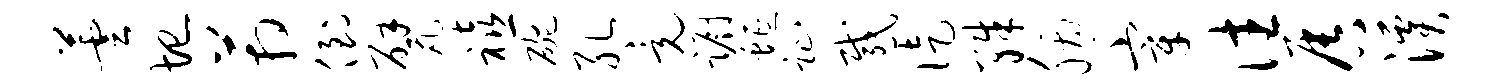
芸圮箱倒甓禧碗孔竟蹰蜒趾感徒殊胭宰往唇溪